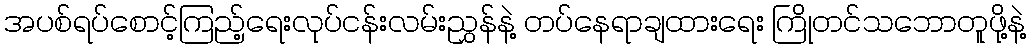
အပစ်ရပ်စောင့်ကြည့်ရေးလုပ်ငန်းလမ်းညွှန်နဲ့ တပ်နေရာချထားရေး ကြိုတင်သဘောတူဖို့နဲ့